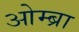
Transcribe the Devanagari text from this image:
ओम्ब्रा